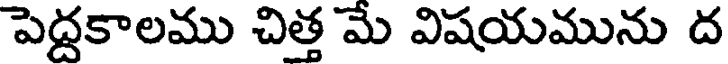
పెద్దకాలము చిత్త మే విషయమును ద